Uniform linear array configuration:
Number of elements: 64
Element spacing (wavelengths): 0.75
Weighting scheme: blackman
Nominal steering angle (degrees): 45
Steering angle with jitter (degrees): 46.234
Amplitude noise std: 0.05
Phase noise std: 0.05

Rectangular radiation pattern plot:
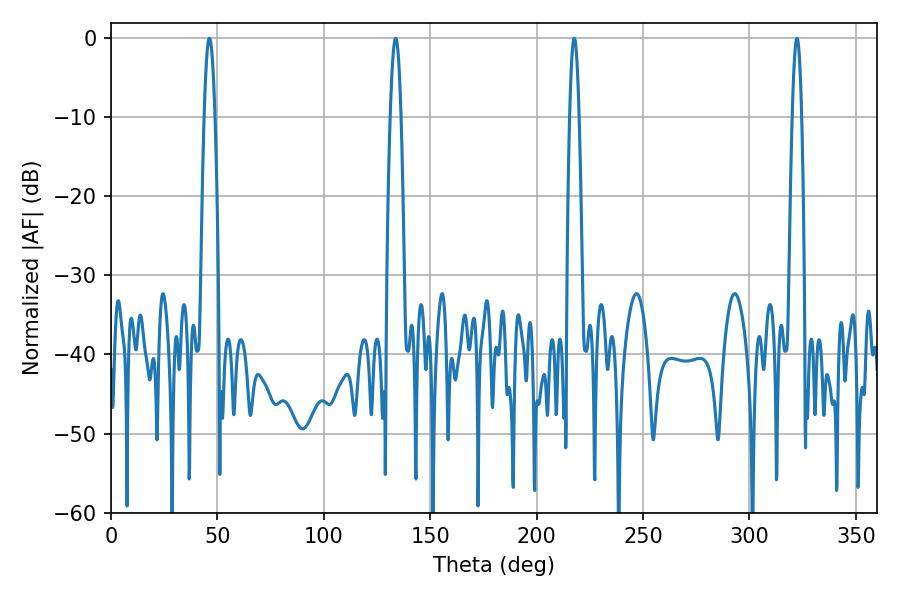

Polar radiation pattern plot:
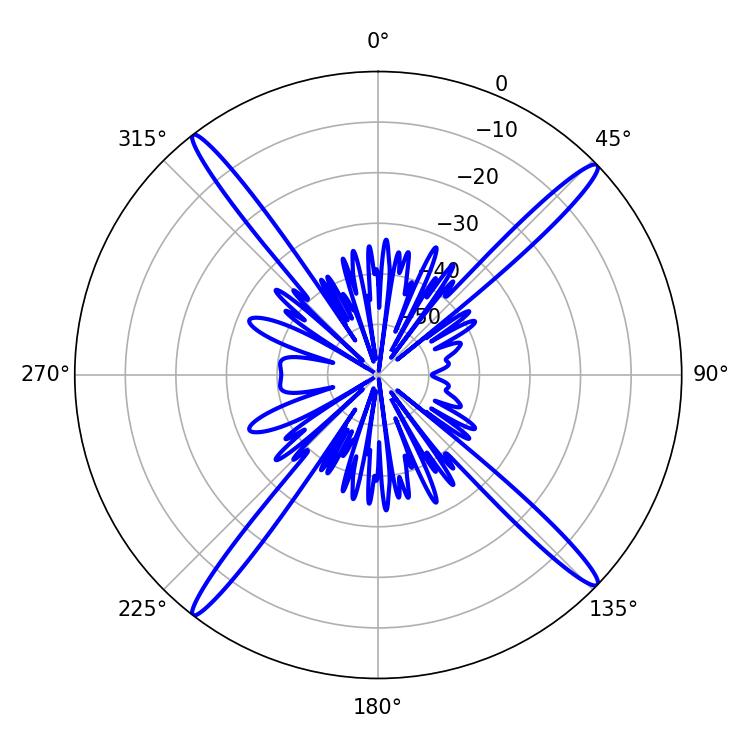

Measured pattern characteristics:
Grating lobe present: TRUE
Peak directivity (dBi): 20.026
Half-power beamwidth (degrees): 2.88
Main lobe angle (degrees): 46.26